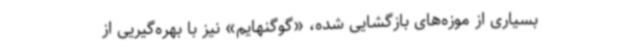
بسیاری از موزه‌های بازگشایی‌ شده، «گوگنهایم» نیز با بهره‌گیریی از